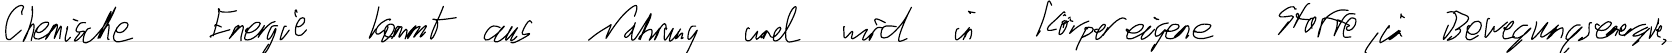
Chemische Energie kommt aus Nahrung und wird in körpereigene Stoffe, in Bewegungsenergie